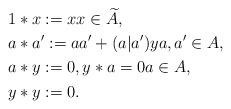
\begin{align*}&1*x:=x x \in \widetilde{A},\\&a*a':=aa'+(a|a')y a,a' \in A,\\&a*y:=0, y*a=0 a \in A, \\&y*y:=0. \end{align*}